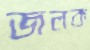
জলক